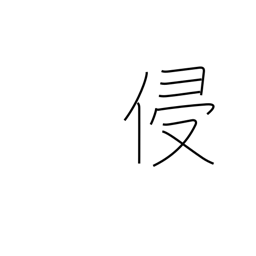
Meaning: violate